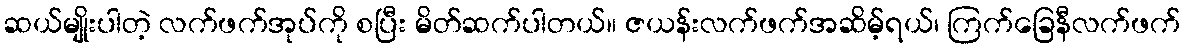
ဆယ်မျိုးပါတဲ့ လက်ဖက်အုပ်ကို စပြီး မိတ်ဆက်ပါတယ်။ ဇယန်းလက်ဖက်အဆိမ့်ရယ်၊ ကြက်ခြေနီလက်ဖက်